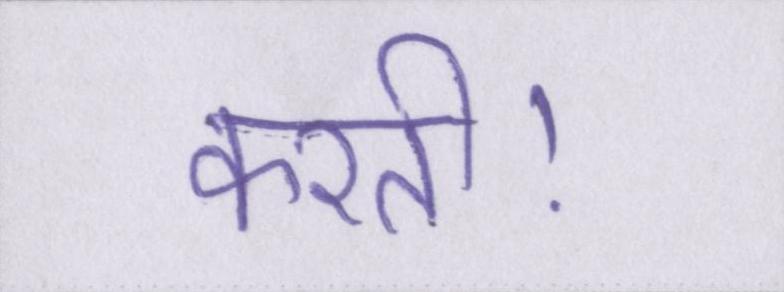
करती।